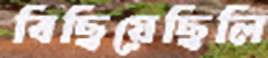
বিছিয়েছিলি